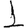
Digit: 1